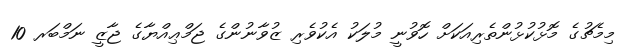
މިމެޗުގެ މޮޅުކުޅުންތެރިއަކަށް ހޮވުނީ މުލަކު އެކުވެރި ޒުވާނުންގެ ޖަމްޢިއްޔާގެ ޖާޒީ ނަމްބަރ 10